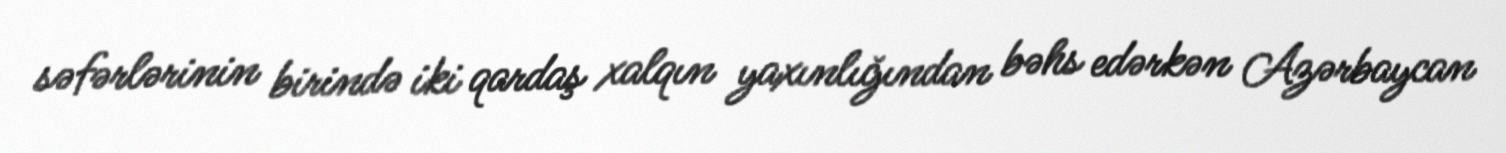
səfərlərinin birində iki qardaş xalqın yaxınlığından bəhs edərkən Azərbaycan